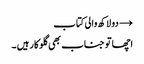
→ دو لاکھ والی کتاب
اچھا تو جناب بھی گلوکار ہیں ۔